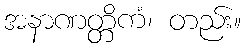
အနာဏတ္တိကံ၊ တည်း။